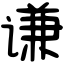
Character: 谦